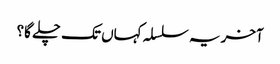
آخر یہ سلسلہ کہاں تک چلے گا؟